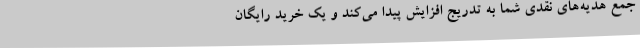
جمع هدیه‌های نقدی شما به تدریج افزایش پیدا می‌کند و یک خرید رایگان